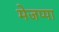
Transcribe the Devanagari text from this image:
मेजप्पा